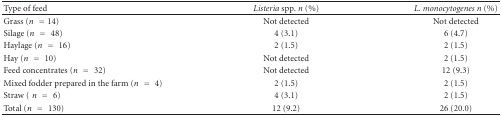
<table><thead><tr><td><b>Type of feed</b></td><td><b><i>Listeria </i>spp. <i>n</i> (%)</b></td><td><b><i>L. monocytogenes n</i> (%)</b></td></tr></thead><tbody><tr><td>Grass (<i>n</i> = 14)</td><td>Not detected</td><td>Not detected</td></tr><tr><td>Silage (<i>n</i> = 48)</td><td>4 (3.1)</td><td>6 (4.7)</td></tr><tr><td>Haylage (<i>n</i> = 16)</td><td>2 (1.5)</td><td>2 (1.5)</td></tr><tr><td>Hay (<i>n</i> = 10)</td><td>Not detected</td><td>2 (1.5)</td></tr><tr><td>Feed concentrates (<i>n</i> = 32)</td><td>Not detected</td><td>12 (9.3)</td></tr><tr><td>Mixed fodder prepared in the farm (<i>n</i> = 4)</td><td>2 (1.5)</td><td>2 (1.5)</td></tr><tr><td>Straw (<i>n</i> = 6)</td><td>4 (3.1)</td><td>2 (1.5)</td></tr><tr><td>Total (<i>n</i> = 130)</td><td>12 (9.2)</td><td>26 (20.0)</td></tr></tbody></table>